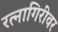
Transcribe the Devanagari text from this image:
रत्‍नागिरीवर